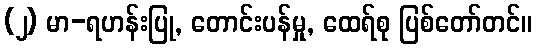
(၂) မာ-ရဟန်းပြု, တောင်းပန်မှု, ထေရ်စု ပြစ်တော်တင်။